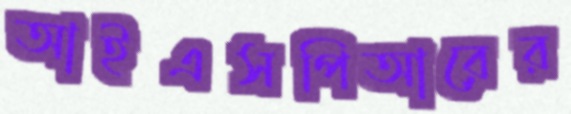
আইএসপিআরের